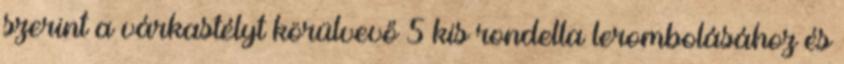
szerint a várkastélyt körülvevő 5 kis rondella lerombolásához és